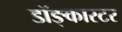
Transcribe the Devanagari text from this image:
डॉङ्कास्टर